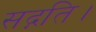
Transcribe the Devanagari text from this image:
सद्गति।